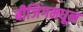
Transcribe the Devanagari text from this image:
बीजिंगमधून